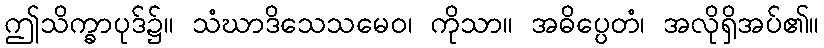
ဤသိက္ခာပုဒ်၌။ သံဃာဒိသေသမေဝ၊ ကိုသာ။ အဓိပ္ပေတံ၊ အလိုရှိအပ်၏။